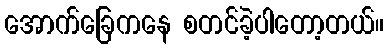
အောက်ခြေကနေ စတင်ခဲ့ပါတော့တယ်။